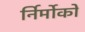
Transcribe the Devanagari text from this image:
र्निर्मोको